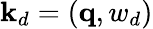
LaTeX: \mathbf{k}_{d}=\left(\mathbf{q},w_{d}\right)